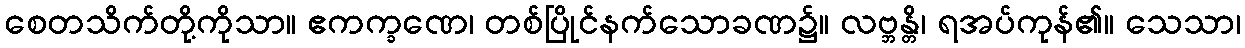
စေတသိက်တို့ကိုသာ။ ဧကက္ခဏေ၊ တစ်ပြိုင်နက်သောခဏ၌။ လဗ္ဘန္တိ၊ ရအပ်ကုန်၏။ သေသာ၊